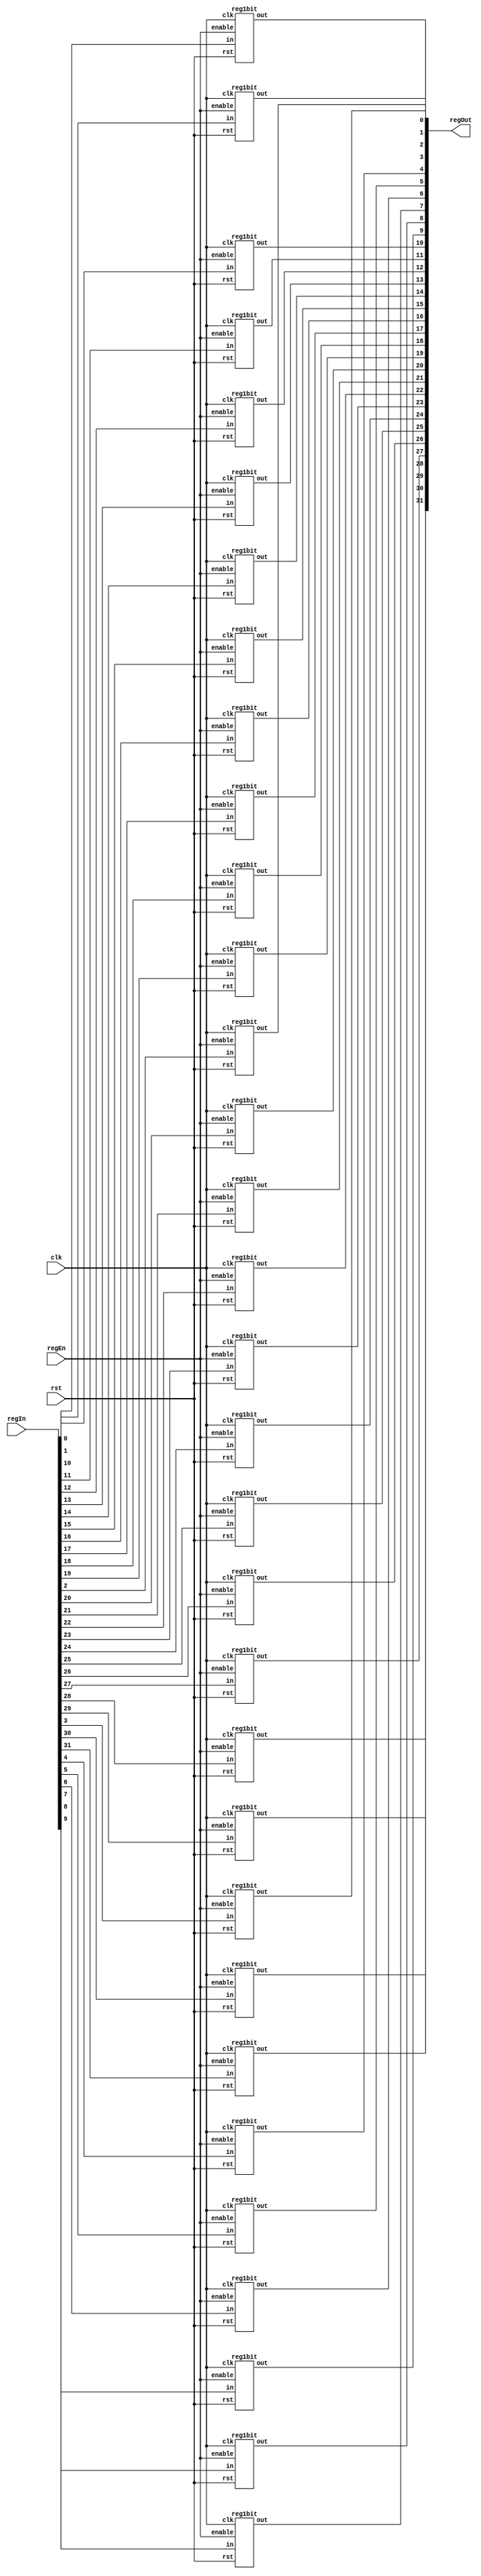
`timescale 1 ps / 100 fs
// 32 bit register to be used for pipelining
module pipelineReg(regOut, regIn, regEn, rst, clk);
	input [31:0] regIn;
	input regEn, rst, clk;
	output [31:0] regOut;
	
	reg1bit reg31 (regIn[31], regOut[31], regEn, rst, clk);
	reg1bit reg30 (regIn[30], regOut[30], regEn, rst, clk);
	reg1bit reg29 (regIn[29], regOut[29], regEn, rst, clk);
	reg1bit reg28 (regIn[28], regOut[28], regEn, rst, clk);
	reg1bit reg27 (regIn[27], regOut[27], regEn, rst, clk);
	reg1bit reg26 (regIn[26], regOut[26], regEn, rst, clk);
	reg1bit reg25 (regIn[25], regOut[25], regEn, rst, clk);
	reg1bit reg24 (regIn[24], regOut[24], regEn, rst, clk);
	reg1bit reg23 (regIn[23], regOut[23], regEn, rst, clk);
	reg1bit reg22 (regIn[22], regOut[22], regEn, rst, clk);
	reg1bit reg21 (regIn[21], regOut[21], regEn, rst, clk);
	reg1bit reg20 (regIn[20], regOut[20], regEn, rst, clk);
	reg1bit reg19 (regIn[19], regOut[19], regEn, rst, clk);
	reg1bit reg18 (regIn[18], regOut[18], regEn, rst, clk);
	reg1bit reg17 (regIn[17], regOut[17], regEn, rst, clk);
	reg1bit reg16 (regIn[16], regOut[16], regEn, rst, clk);
	reg1bit reg15 (regIn[15], regOut[15], regEn, rst, clk);
	reg1bit reg14 (regIn[14], regOut[14], regEn, rst, clk);
	reg1bit reg13 (regIn[13], regOut[13], regEn, rst, clk);
	reg1bit reg12 (regIn[12], regOut[12], regEn, rst, clk);
	reg1bit reg11 (regIn[11], regOut[11], regEn, rst, clk);
	reg1bit reg10 (regIn[10], regOut[10], regEn, rst, clk);
	reg1bit reg9 (regIn[9], regOut[9], regEn, rst, clk);
	reg1bit reg8 (regIn[8], regOut[8], regEn, rst, clk);
	reg1bit reg7 (regIn[7], regOut[7], regEn, rst, clk);
	reg1bit reg6 (regIn[6], regOut[6], regEn, rst, clk);
	reg1bit reg5 (regIn[5], regOut[5], regEn, rst, clk);
	reg1bit reg4 (regIn[4], regOut[4], regEn, rst, clk);
	reg1bit reg3 (regIn[3], regOut[3], regEn, rst, clk);
	reg1bit reg2 (regIn[2], regOut[2], regEn, rst, clk);
	reg1bit reg1 (regIn[1], regOut[1], regEn, rst, clk);
	reg1bit reg0 (regIn[0], regOut[0], regEn, rst, clk);
	
endmodule

// d flip flop
module dFlipFlop(d,q,rst,clk);
	input d, rst, clk;
	output q;
	reg q;
	
	always @(posedge clk or posedge rst)
		begin
		if (rst)
			q = 0;
		else
			q = d;
		end
endmodule

// 1 bit register with enable and reset
module reg1bit(in, out, enable, rst, clk);
	input in, enable, rst, clk;
	output out;
	wire w1, w2, d;
	
	and and1(w1, in, enable);
	and and2(w2, out, ~enable);
	or or1(d, w1, w2);
	dFlipFlop d1(d,out,rst, clk);
endmodule

module reg5bit (in, out, enable, rst, clk);
	input [4:0] in;
	input enable, rst, clk;
	output [4:0] out;

	reg1bit reg5 (in[4], out[4], enable, rst, clk);
	reg1bit reg4 (in[3], out[3], enable, rst, clk);
	reg1bit reg3 (in[2], out[2], enable, rst, clk);
	reg1bit reg2 (in[1], out[1], enable, rst, clk);
	reg1bit reg1 (in[0], out[0], enable, rst, clk);
endmodule